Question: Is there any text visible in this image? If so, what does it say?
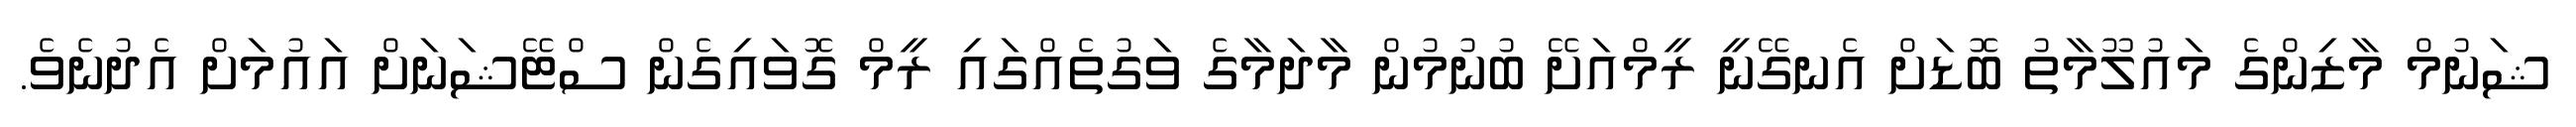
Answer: ޝަނުމް މާޒިންގެ މައުލޫމާތު ބޮޑަށް އެނގޭނީ ރީމްއަށޭ ބުނުމުން މާދަމާގެ ވަގުތެއްގައި ރީމް ގޮވައިގެން ސްޓޭޝަނަށް އައުމަށް އެދުނެވެ.